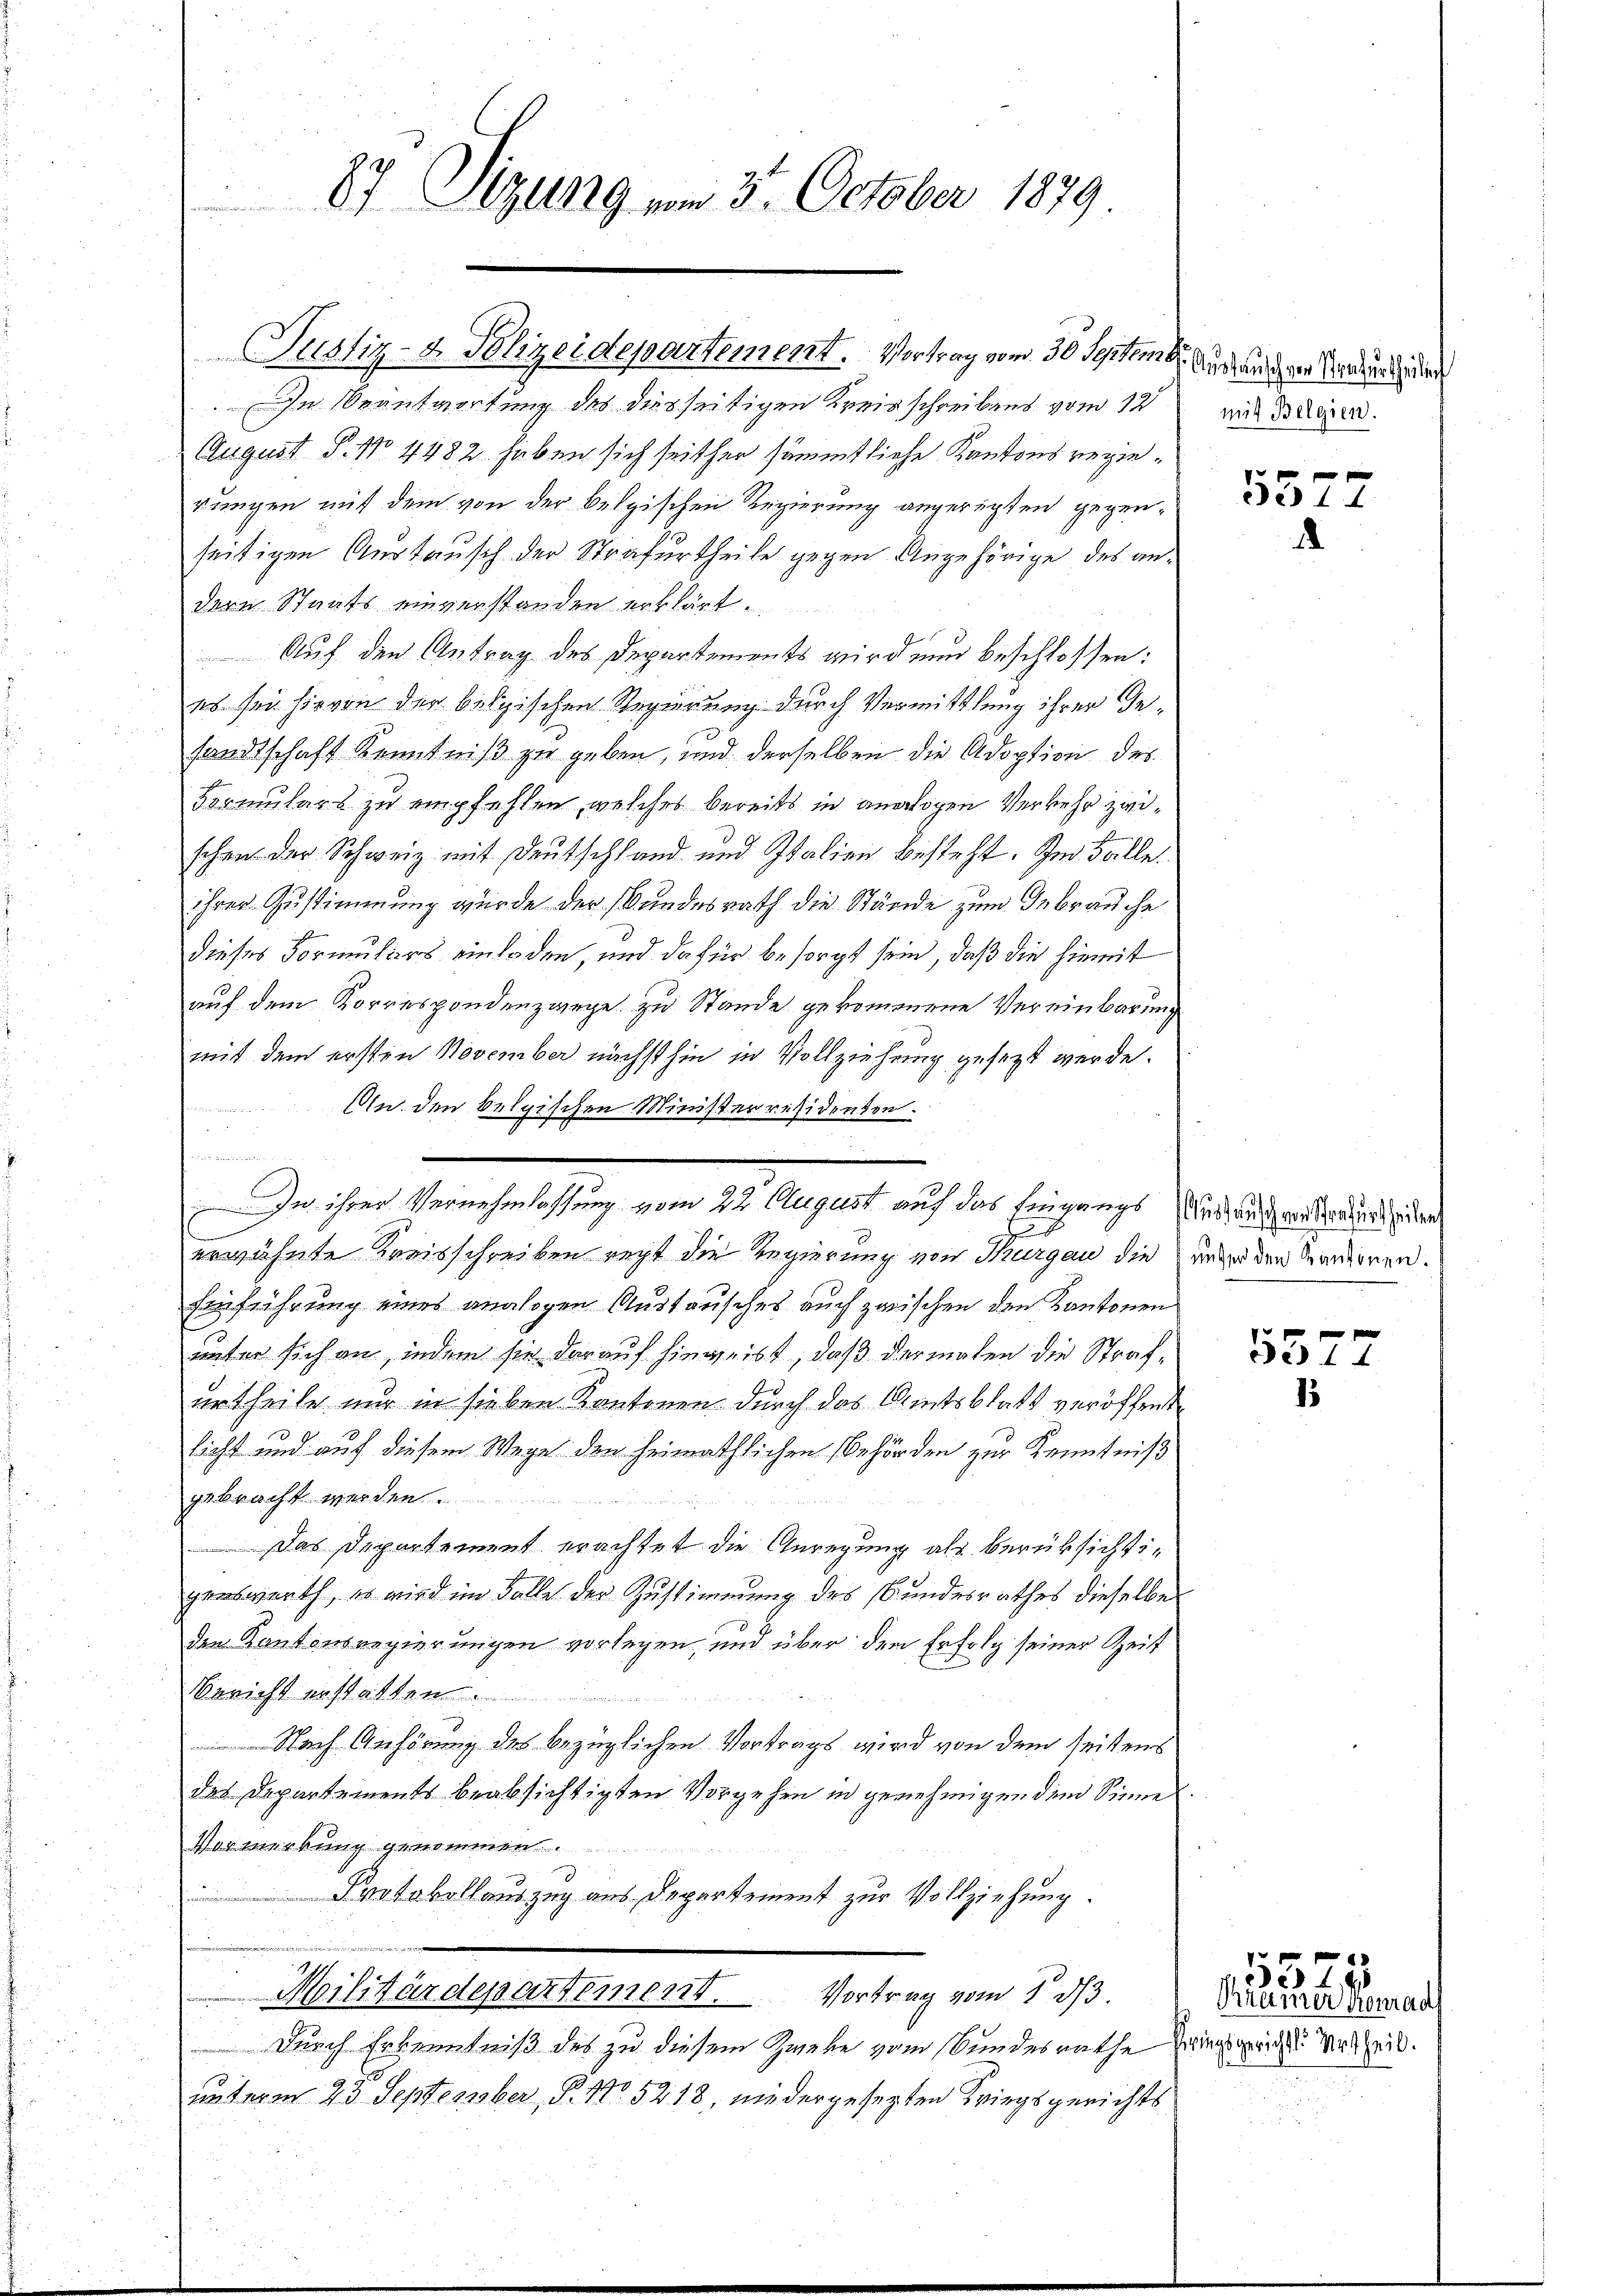
87 Sizung vom 3. October 1879

Justiz- & Polizeidepartement. Vortrag vom 30 Septem 6. Auslanden Verdingun

In Beantwortung des diesseitigen Kreisschreibens vom 12
August P. No. 4482 haben sich seither sämmtliche Kantons regierungen mit dem von der belgischen Regierung angerügten gegenseitigen Austausch der Strafurtheile gegen Angehörige des an
dern Staats einverstanden erklärt
Auf den Antrag des Departements wird nun beschlossen:
es sei hievon der belgischen Regierung durch Vermittlung ihrer Gesandtschaft Kenntniß zu geben, und derselben die Adoption des
Formulars zu empfehlen, welches bereits in analogen Verkehr zwischon der Schweiz mit Deutschland und Italien besteht. Im Falle.
ihrer Zustimmung wurde der Bundesrath die Stände zum Gebrauche
dieses Formuliers einladen, und dafür besorgt sein, daß die hiemit
auf dem Korrespondenzwege zu Stande gekommene Vereinbarung
mit dem ersten November nächsthin in Vollziehung gesezt werde.

An den belgischen Ministerresidenden.
.
 reellen
In ihrer Vernehmlassung vom 22. August auf das Eingangs
erwähnte Kreisschreiben recht die Regierung von Thurgau die unter den Sardienen.
Einführung eines analogen Austausches auch zwischen den Kantonen
unter sich an, indem sie darauf hinweist, daß dermalen die Strafurtheile nur in sieben Kantonen durch das Amtsblatt veröffen
licht und auf diesem Wege den heimathlichen Behörden zur Kenntniß
gebracht werden.
 Das Departement erachtet die Anregung als berüksichtigenswerth, es wird im Falle der Zustimmung des Bundesrathes dieselbe
den Kantonsregierungen vorlegen, und über den Erfolg seiner Zeit
Bericht erstatten.
Nach Anhörung des bezüglichen Vortrags wird von dem seitens
des Departements beabsichtigten Vorgehen in genehmigen dem Sinne
Vormerkung genommen
Protokollauszug aus Departement zur Vollziehung.
ie
Militärdepartement. Vortrag vom 1. d.
Durch Erkenntniß des zu diesem Zweke vom Bundesrathe dings gericht Urtheil.
unterm 23. September, P. Nr. 5218, niedergesezten Kriegsgerichts

mit Belgien.

xx
Dis 14
.

ustausch von Strafurtheilen

De 14
1

Frauen Romant

55